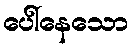
ပေါ်နေသော